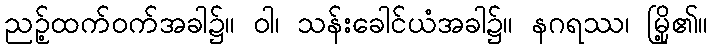
ညဉ့်ထက်ဝက်အခါ၌။ ဝါ၊ သန်းခေါင်ယံအခါ၌။ နဂရဿ၊ မြို့၏။